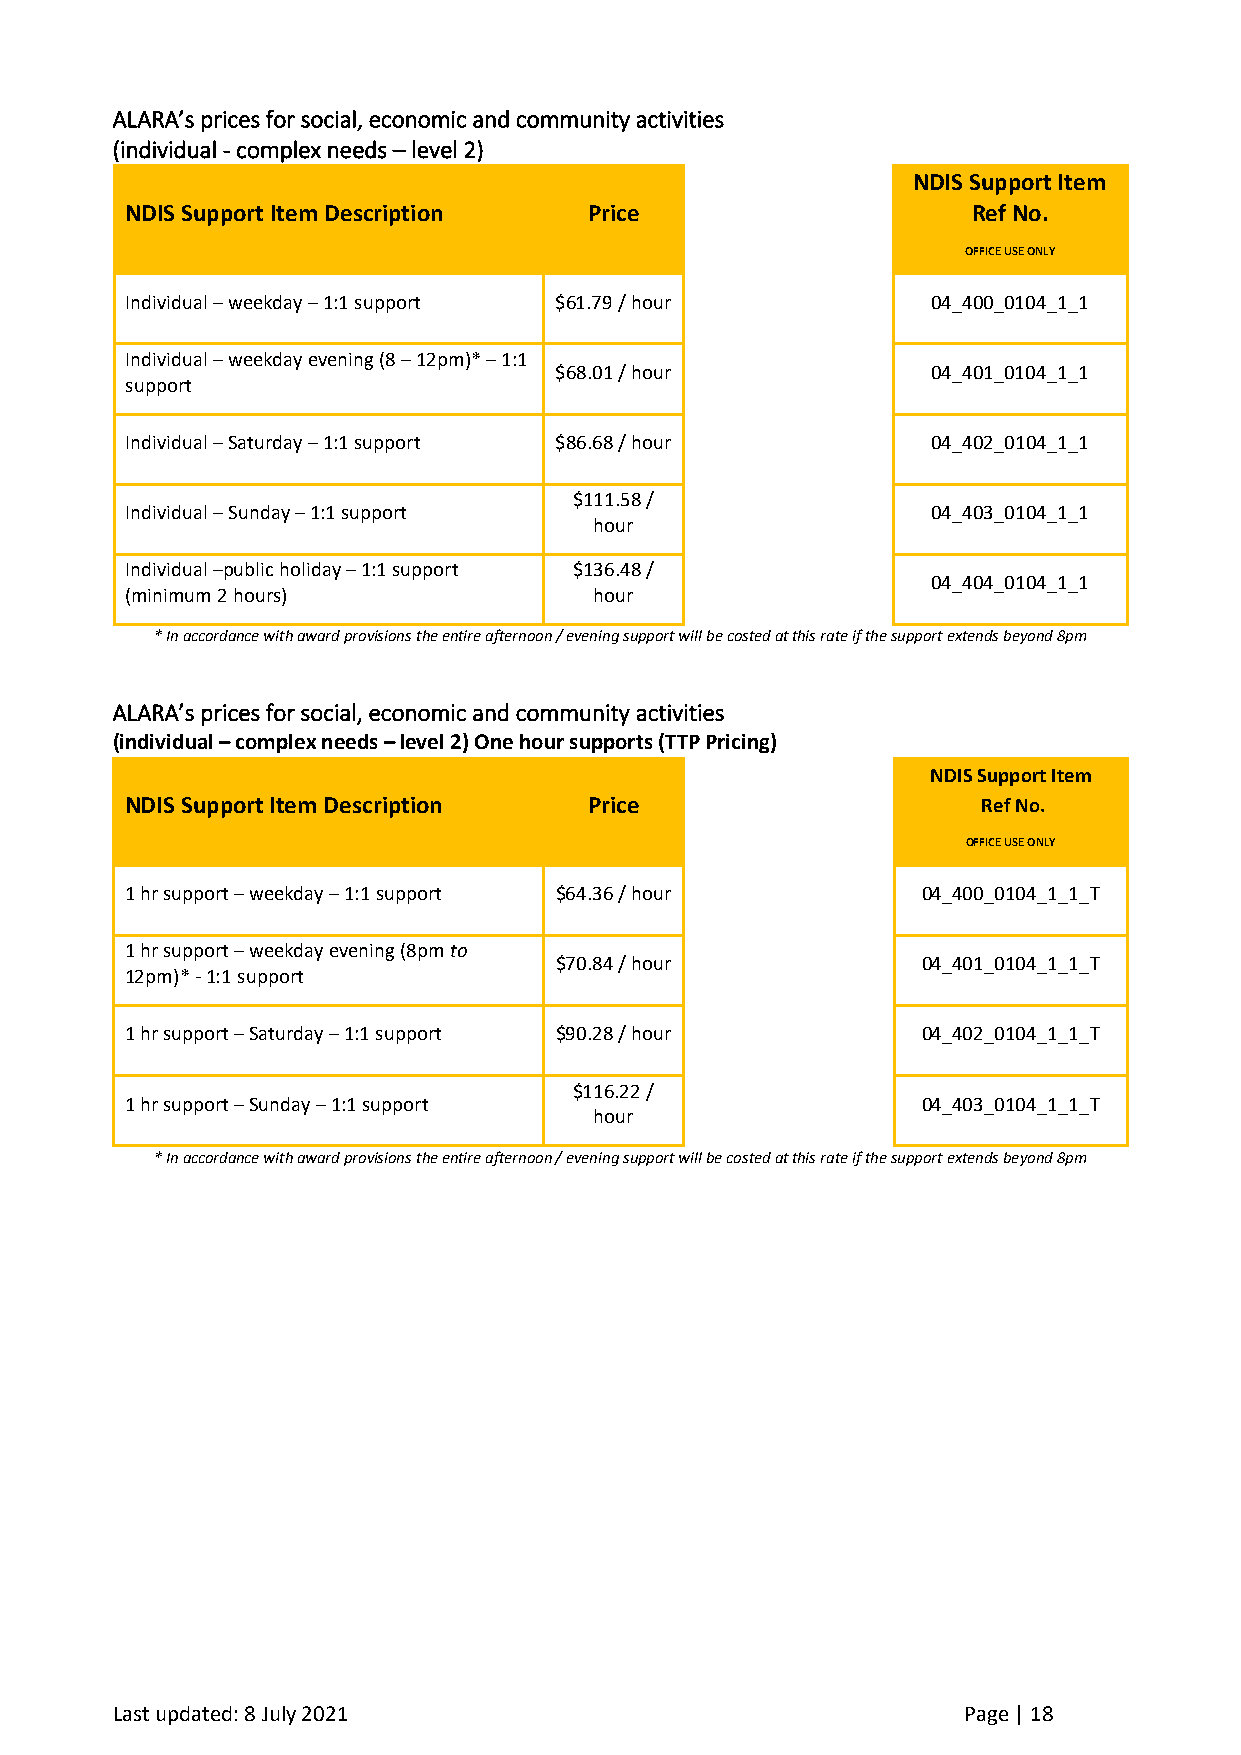
ALARA’s prices for social, economic and community activities
 (individual - complex needs – level 2)
 NDIS Support Item
 NDIS Support Item Description  Price                    Ref No.
 OFFICE USE ONLY
 Individual – weekday – 1:1 support $61.79 / hour      04_400_0104_1_1
 Individual – weekday evening (8 – 12pm)* – 1:1
 $68.01 / hour            04_401_0104_1_1
 support
 Individual – Saturday – 1:1 support $86.68 / hour     04_402_0104_1_1
 $111.58 /
 Individual – Sunday – 1:1 support                     04_403_0104_1_1
 hour
 Individual –public holiday – 1:1 support $136.48 /
 04_404_0104_1_1
 (minimum 2 hours)              hour
 * In accordance with award provisions the entire afternoon / evening support will be costed at this rate if the support extends beyond 8pm
 ALARA’s prices for social, economic and community activities
 (individual – complex needs – level 2) One hour supports (TTP Pricing)
 NDIS Support Item
 NDIS Support Item Description  Price                     Ref No.
 OFFICE USE ONLY
 1 hr support – weekday – 1:1 support $64.36 / hour   04_400_0104_1_1_T
 1 hr support – weekday evening (8pm to
 $70.84 / hour           04_401_0104_1_1_T
 12pm)* - 1:1 support
 1 hr support – Saturday – 1:1 support $90.28 / hour  04_402_0104_1_1_T
 $116.22 /
 1 hr support – Sunday – 1:1 support                  04_403_0104_1_1_T
 hour
 * In accordance with award provisions the entire afternoon / evening support will be costed at this rate if the support extends beyond 8pm
 Last updated: 8 July 2021                                Page | 18